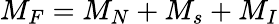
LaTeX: M_{F}=M_{N}+M_{s}+M_{I}